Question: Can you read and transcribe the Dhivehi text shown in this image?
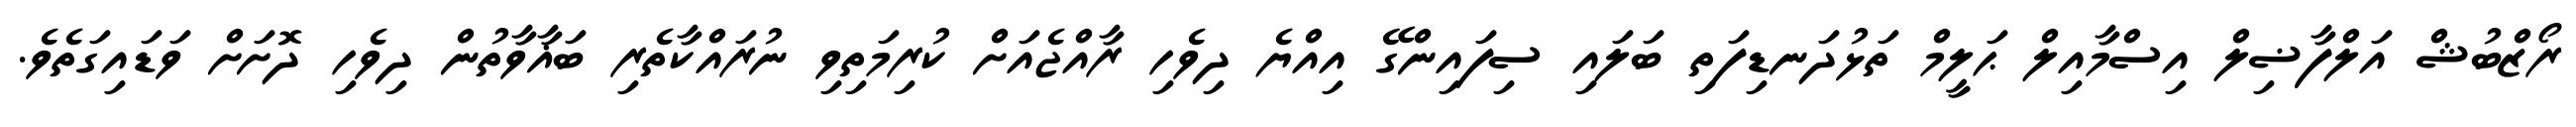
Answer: ރޯޒްބުޝް އަލްފާޟިލް އިސްމާއިލް ޙަލީމް ތަޅުދަނޑިފަތި ބަލައި ސިފައިންގޭ އިއްޔެ ދިވެހި ރާއްޖެއަށް ކުރިމަތިވި ނުރައްކާތެރި ބަޣާވާތުން ދިވެހި ދޮށަށް ވަޑައިގަތެވެ.